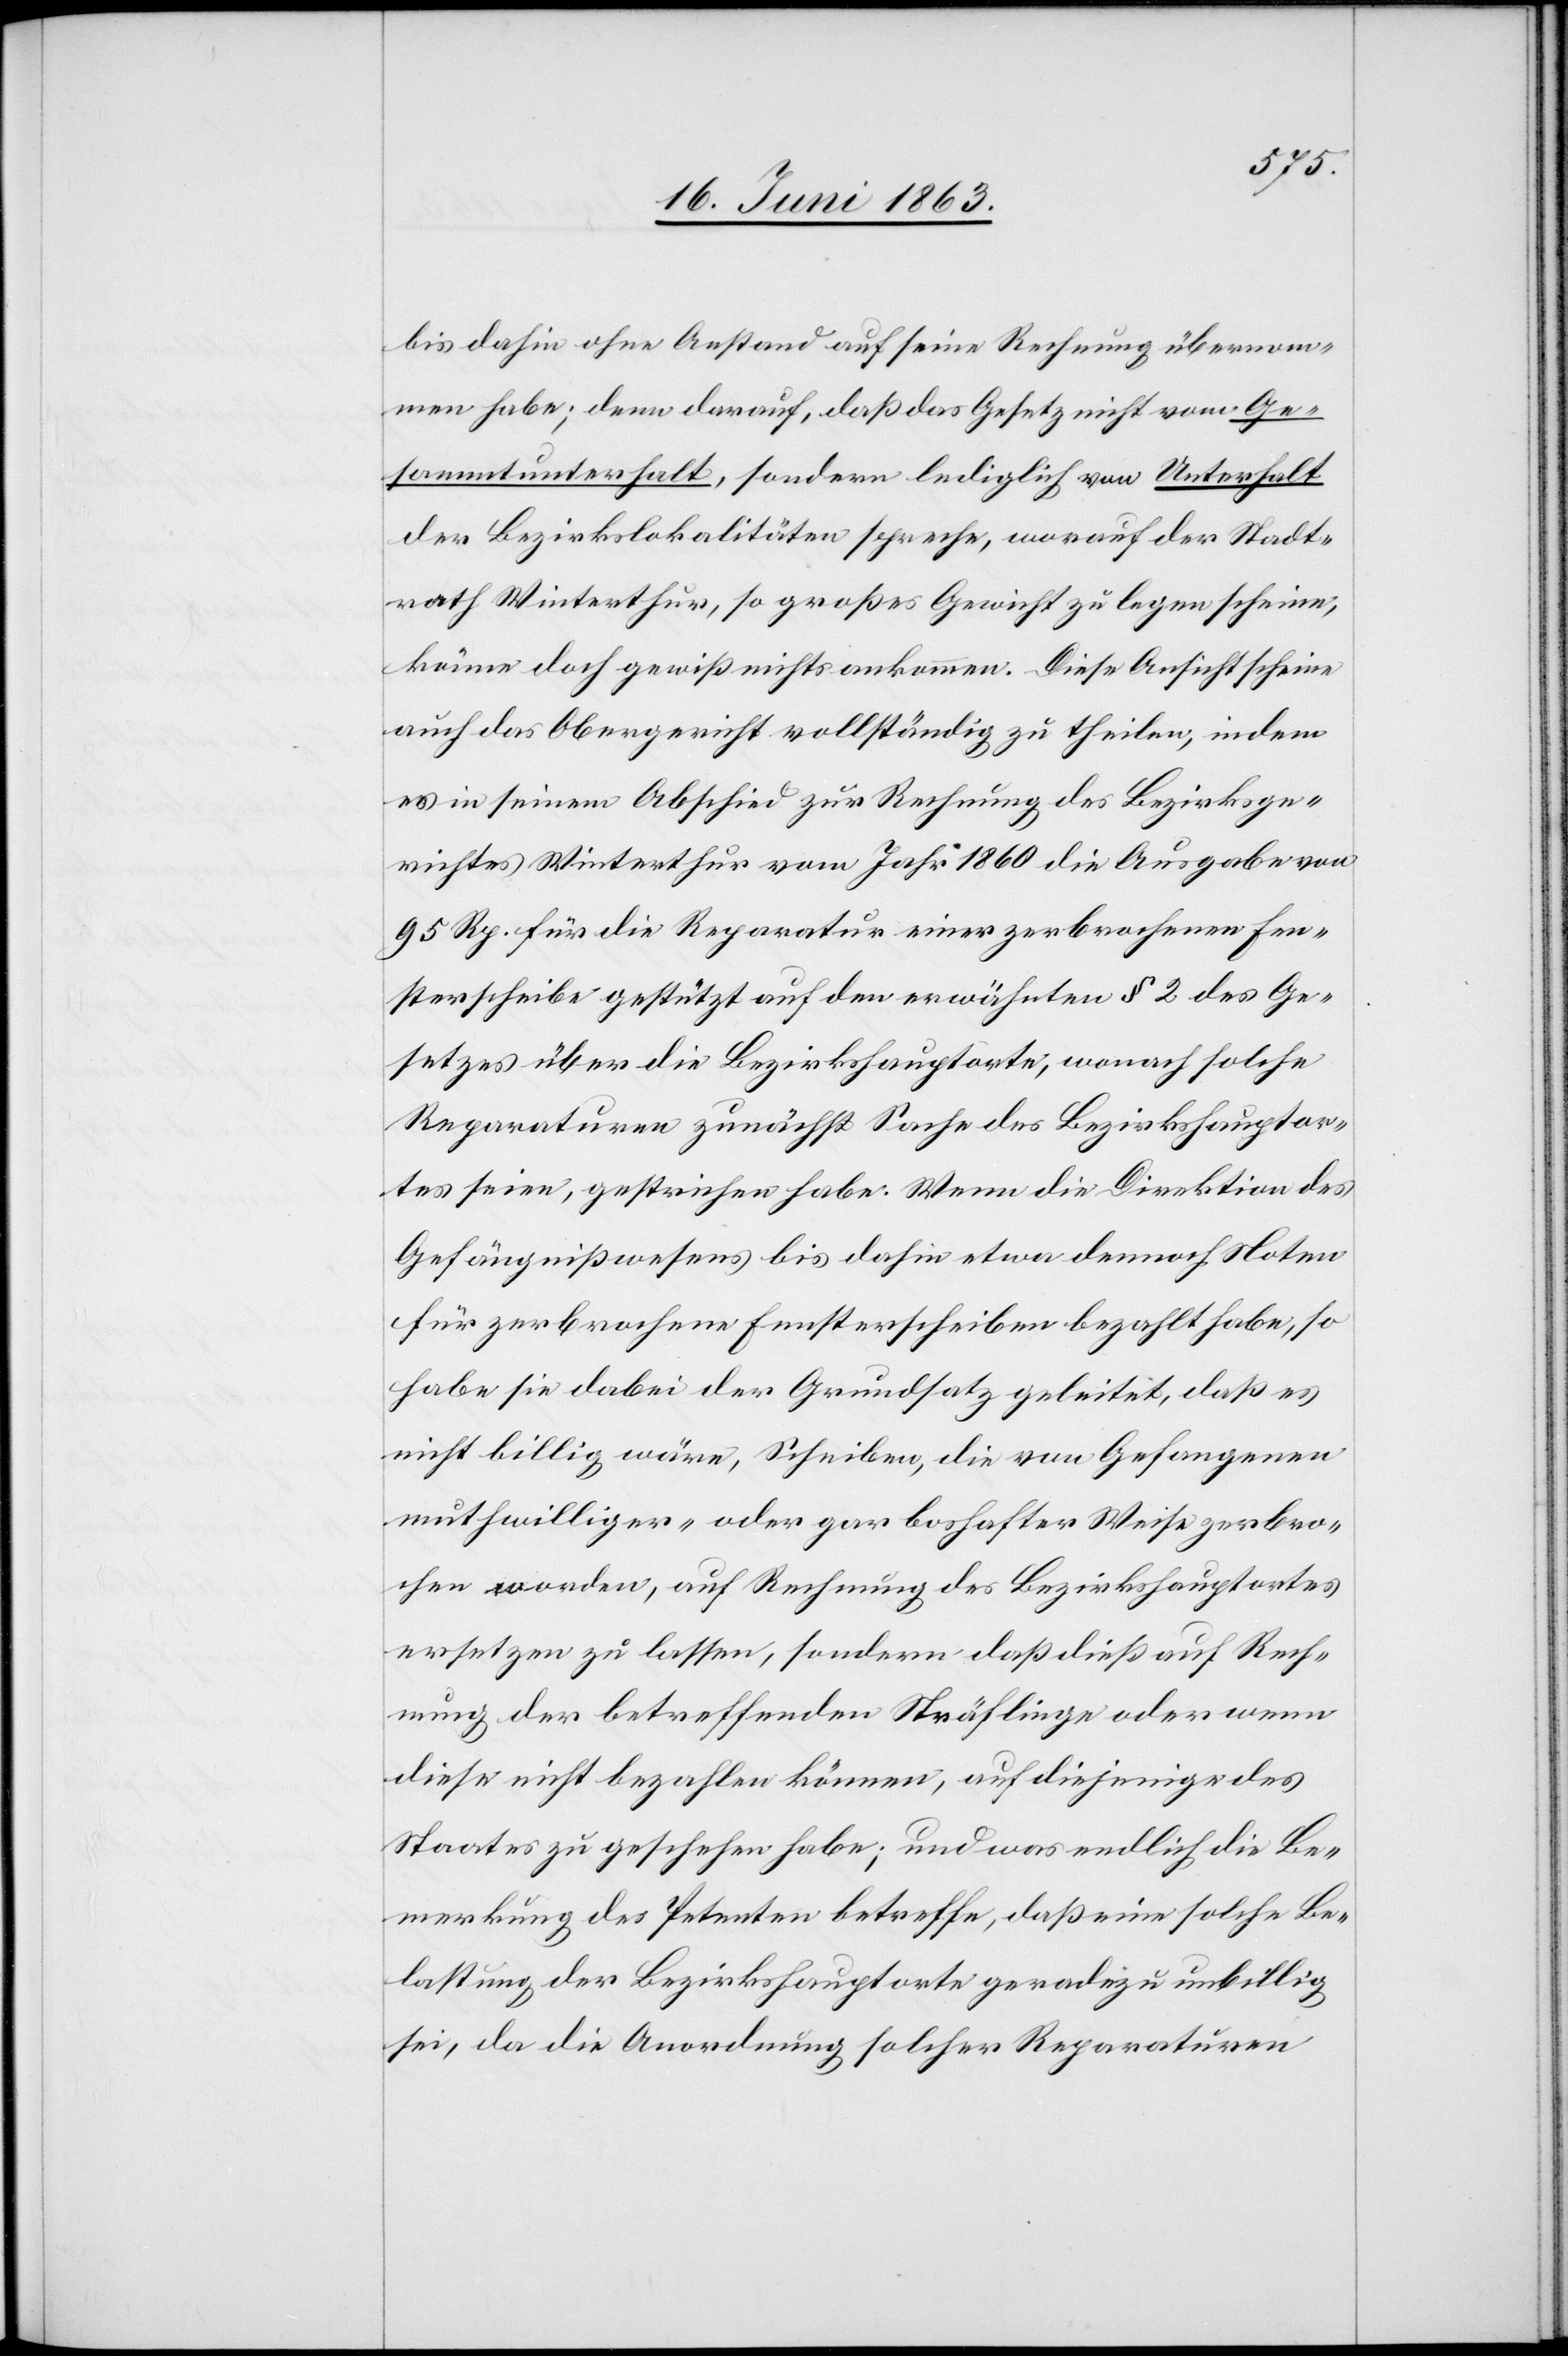
bis dahin ohne Anstand auf seine Rechnung übernom¬
men habe; denn darauf, daß das Gesetz nicht vom Ge¬
sammtunterhalt, sondern lediglich von Unterhalt
der Bezirkslokalitäten spreche, worauf der Stadt¬
rath Winterthur, so großes Gewicht zu legen scheine,
könne doch gewiß nichts ankommen. Diese Ansicht scheine
auch das Obergericht vollständig zu theilen, indem
es in seinem Abschied zur Rechnung des Bezirksge¬
richtes Winterthur vom Jahr 1860 die Ausgabe von
95 Rp. für die Reparatur einer zerbrochenen Fen¬
sterscheibe gestützt auf den erwähnten § 2 des Ge¬
setzes über die Bezirkshauptorte, wonach solche
Reparaturen zunächst Sache des Bezirkshauptor¬
tes seien, gestrichen habe. Wenn die Direktion des
Gefängnißwesens bis dahin etwa dennoch Noten
für zerbrochene Fensterscheiben bezahlt habe, so
habe sie dabei der Grundsatz geleitet, daß es
nicht billig wäre, Scheiben, die von Gefangenen
muthwilliger- oder gar boshafter Weise zerbro¬
chen worden, auf Rechnung des Bezirkshauptortes
ersetzen zu lassen, sondern daß dieß auf Rech¬
nung der betreffenden Sträflinge oder wenn
diese nicht bezahlen können, auf diejenige des
Staates zu geschehen habe; und was endlich die Be¬
merkung des Petenten betreffe, daß eine solche Be¬
lastung der Bezirkshauptorte geradezu unbillig
sei, da die Anordnung solcher Reparaturen